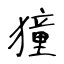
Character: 獞